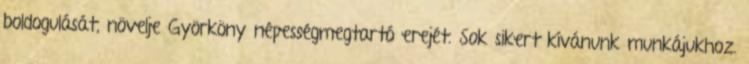
boldogulását, növelje Györköny népességmegtartó erejét. Sok sikert kívánunk munkájukhoz.